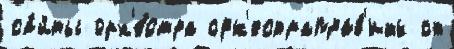
са́йты орк'е́стра орк'естраправ'ить от